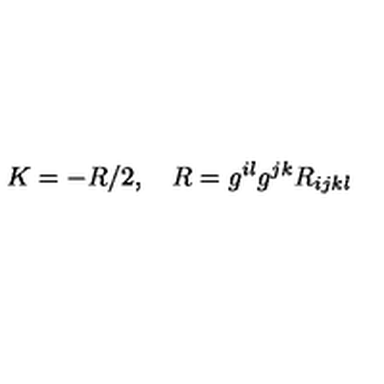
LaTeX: K = - R / 2 , \quad R = g ^ { i l } g ^ { j k } R _ { i j k l }